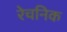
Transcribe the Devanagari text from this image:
रेचनिक